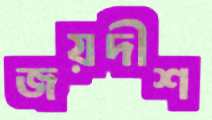
জয়দীশ